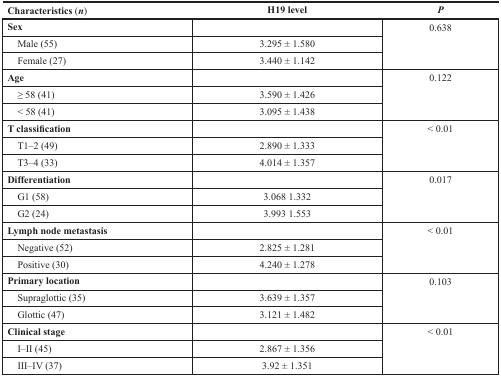
| Characteristics (n) | H19 level | P |
 | --- | --- | --- |
 | Sex |  | <ROWSPAN=3> 0.638 |
 | Male (55) | 3.295 ± 1.580 |
 | Female (27) | 3.440 ± 1.142 |
 | Age |  | <ROWSPAN=3> 0.122 |
 | ≥ 58 (41) | 3.590 ± 1.426 |
 | < 58 (41) | 3.095 ± 1.438 |
 | T classification |  | <ROWSPAN=3> < 0.01 |
 | T1–2 (49) | 2.890 ± 1.333 |
 | T3–4 (33) | 4.014 ± 1.357 |
 | Differentiation |  | <ROWSPAN=3> 0.017 |
 | G1 (58) | 3.068 1.332 |
 | G2 (24) | 3.993 1.553 |
 | Lymph node metastasis |  | <ROWSPAN=3> < 0.01 |
 | Negative (52) | 2.825 ± 1.281 |
 | Positive (30) | 4.240 ± 1.278 |
 | Primary location |  | <ROWSPAN=3> 0.103 |
 | Supraglottic (35) | 3.639 ± 1.357 |
 | Glottic (47) | 3.121 ± 1.482 |
 | Clinical stage |  | <ROWSPAN=3> < 0.01 |
 | I–II (45) | 2.867 ± 1.356 |
 | III–IV (37) | 3.92 ± 1.351 |